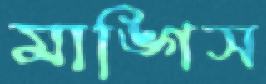
মাঙ্গিস